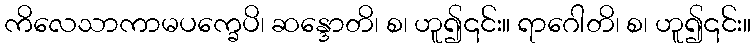
ကိလေသာကာမပက္ခေပိ၊ ဆန္ဒောတိ၊ စ၊ ဟူ၍၎င်း။ ရာဂေါတိ၊ စ၊ ဟူ၍၎င်း။